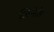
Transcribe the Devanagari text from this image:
जिनेके